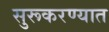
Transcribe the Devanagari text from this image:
सुरूकरण्यात